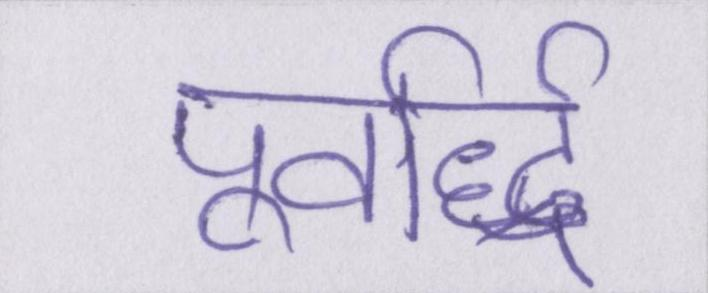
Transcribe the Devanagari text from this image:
पूर्वार्द्ध